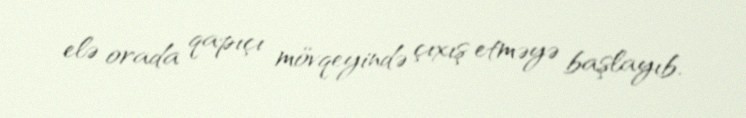
elə orada qapıçı mövqeyində çıxış etməyə başlayıb.